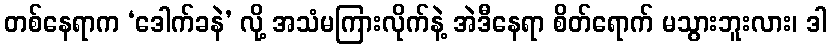
တစ်နေရာက ‘ဒေါက်ခနဲ’ လို့ အသံမကြားလိုက်နဲ့ အဲဒီနေရာ စိတ်ရောက် မသွားဘူးလား၊ ဒါ